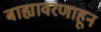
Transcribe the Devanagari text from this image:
बाह्यावरणाहून